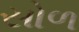
સોળ